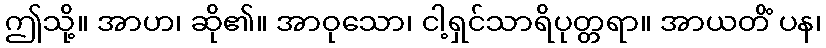
ဤသို့။ အာဟ၊ ဆို၏။ အာဝုသော၊ ငါ့ရှင်သာရိပုတ္တရာ။ အာယတိံ ပန၊